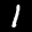
Label: 1